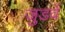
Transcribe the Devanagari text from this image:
जुडवें